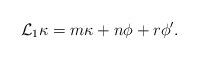
LaTeX: \begin{align*}\mathcal{L}_{1}\kappa=m\kappa+n\phi +r\phi'.\end{align*}